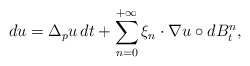
\begin{align*} d u = \Delta_p u \, d t + \sum_{n=0}^{+\infty} \xi_{n} \cdot \nabla u \circ d B_t^{n} ,\end{align*}